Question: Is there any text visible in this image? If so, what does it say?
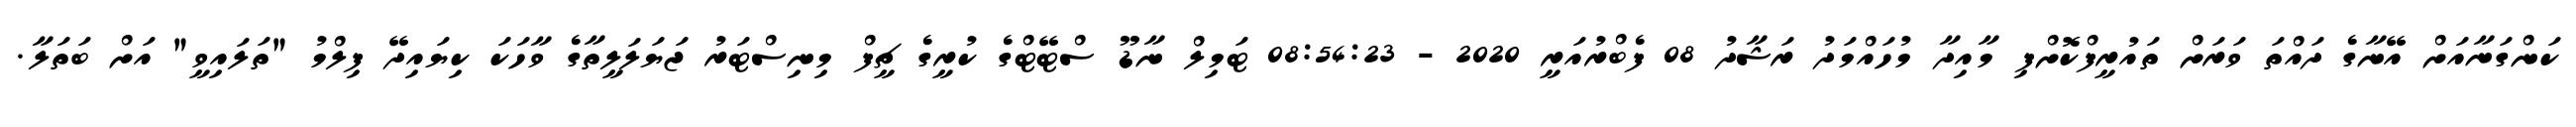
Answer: ކަންގަނާއަށް އޭނާގެ ދައްތަ ވަރަށް ތައުރީފްކޮށްފި މާއިދާ މުހައްމަދު ރަޝާދު 08 ފެބްރުއަރީ 2020 - 08:54:23 ޓަމިލް ނާޑޫ ސްޓޭޓްގެ ކުރީގެ ޗީފް މިނިސްޓަރު ޖަޔަލަލީތާގެ ވާހަކަ ކިޔައިދޭ ފިލްމު "ތަލައިވީ" އަށް ބަތަލާ.